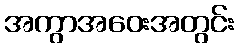
အကွာအဝေးအတွင်း